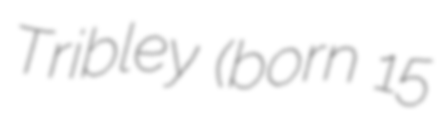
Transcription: Tribley (born 15